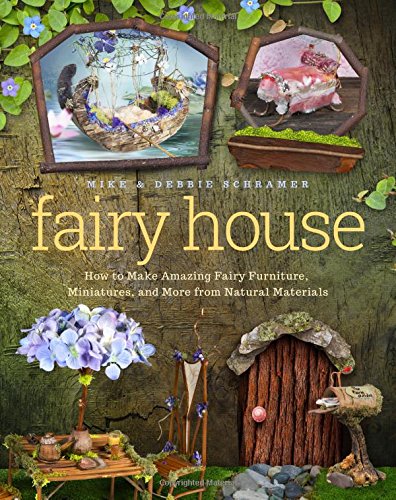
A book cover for Fairy House: How to Make Amazing Fairy Furniture, Miniatures, and More from Natural Materials; Debbie Schramer; Crafts, Hobbies & Home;